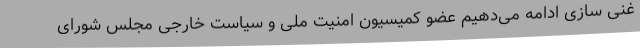
غنی سازی ادامه می‌دهیم عضو کمیسیون امنیت ملی و سیاست خارجی مجلس شورای